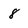
Character: 8